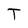
Character: T